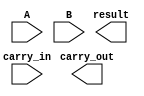
`timescale 1ns / 1ps

//////////////////////////////////////////////////////////////////////////////////
// ACS
// Computer Design 1
//  
// Module Name:  		subtractor_8bit
// Project Name:		Laborator 6
// Target Devices: 		Digilent Nexys 3
//////////////////////////////////////////////////////////////////////////////////

module subtractor_8bit(
		output carry_out,
		output [7:0] result,
		input  [7:0] A,
		input  [7:0] B,
		input carry_in
    );

	// TODO 3: Implementati un scztor pe 8 biti folosind sumatorul ripple-carry implementat
	// Conventie: result = A - B
	// Hint: Complement fat de 2
	
endmodule